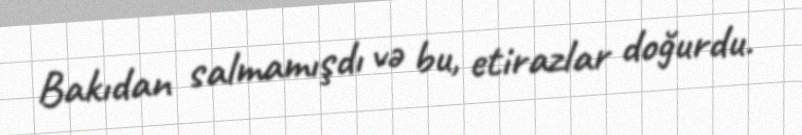
Bakıdan salmamışdı və bu, etirazlar doğurdu.